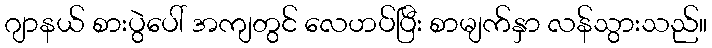
ဂျာနယ် စားပွဲပေါ် အကျတွင် လေဟပ်ပြီး စာမျက်နှာ လန်သွားသည်။